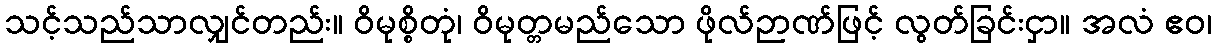
သင့်သည်သာလျှင်တည်း။ ဝိမုစ္စိတုံ၊ ဝိမုတ္တမည်သော ဖိုလ်ဉာဏ်ဖြင့် လွတ်ခြင်းငှာ။ အလံ ဧဝ၊